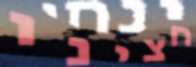
חצינו